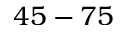
4 5 - 7 5